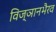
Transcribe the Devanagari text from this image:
विज्ञानभैरव